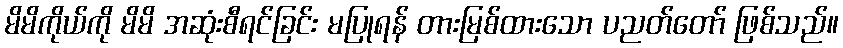
မိမိကိုယ်ကို မိမိ အဆုံးစီရင်ခြင်း မပြုရန် တားမြစ်ထားသော ပညတ်တော် ဖြစ်သည်။